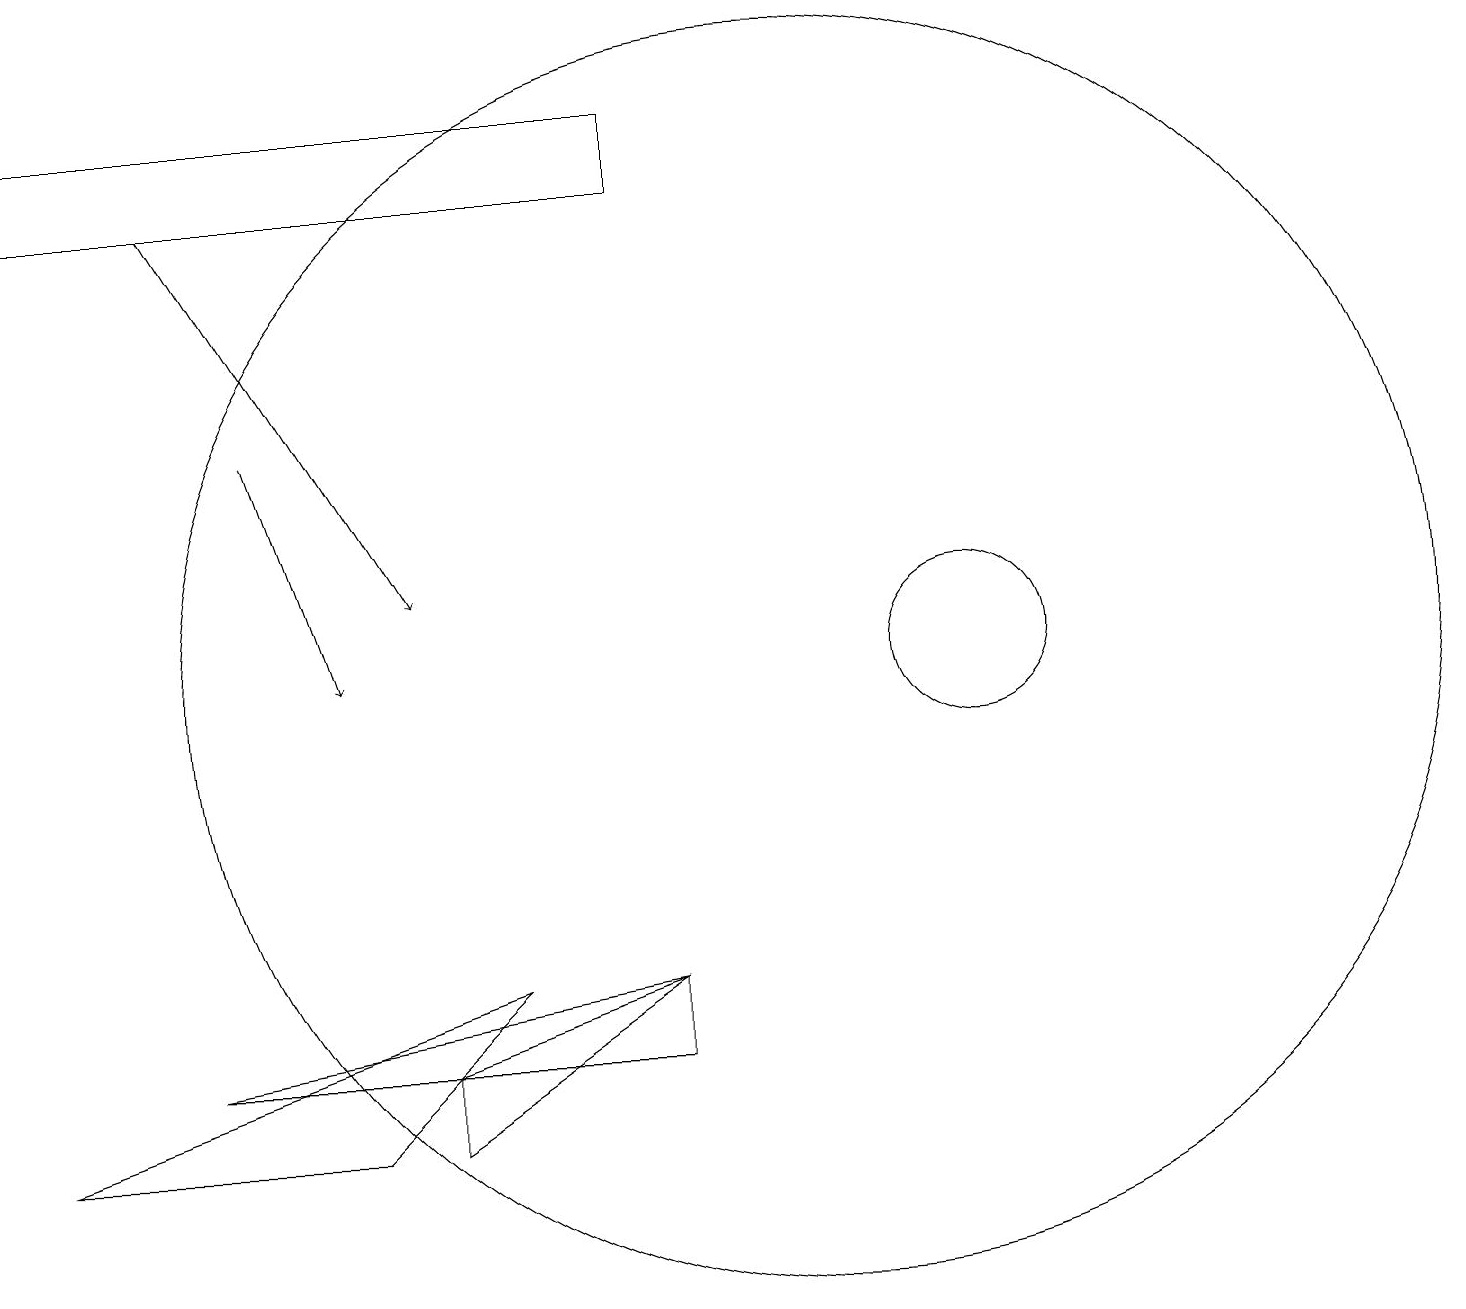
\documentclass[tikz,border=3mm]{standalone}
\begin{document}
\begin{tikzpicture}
\draw (10,10) circle (8);
\draw (8,17) rectangle (0,16);
\draw (2,5) -- (8,5) -- (8,6) -- cycle;
\draw (6,6) -- (4,4) -- (0,4) -- cycle;
\draw (5,5) -- (8,6) -- (5,4) -- cycle;
\draw[->] (3,13) -- (4,10);
\draw (12,10) circle (1);
\draw[->] (2,16) -- (5,11);
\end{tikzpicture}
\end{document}